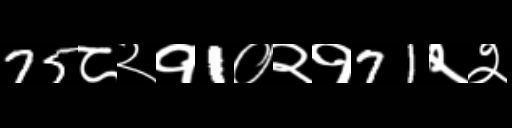
Text: 75८२१1०२१71२२